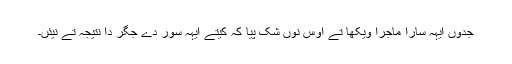
جدوں ایہہ سارا ماجرا ویکھا تے اوس نوں شک پیا کہ کیتے ایہہ سور دے جگر دا نتیجہ تے نیئں۔